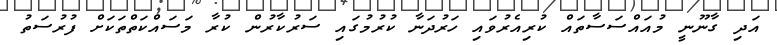
އަދި ގާނޫނީ މުއައްސަސާތައް ކުރިއެރުވައި ހަރުދަނާ ކުރުމުގައި ސަރުކާރުން ކުރާ މަސައްކަތްތަކަށް ފުރުސަތު